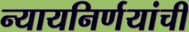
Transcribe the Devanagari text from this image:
न्यायनिर्णयांची